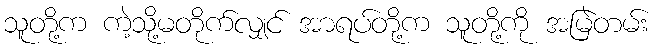
သူတို့က ကဲ့သို့မတိုက်လျှင် အာရပ်တို့က သူတို့ကို အမြဲတမ်း